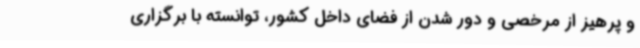
و پرهیز از مرخصی‌ و دور شدن از فضای داخل کشور، توانسته با برگزاری